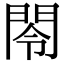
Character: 閝